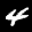
Label: 4